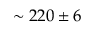
\sim 2 2 0 \pm 6